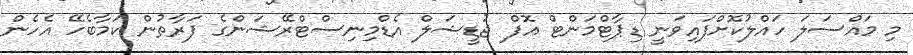
މި މައްސަލަ ހައްލުކޮށްފައިވަނީ ޑިޕާޓްމަންޓް އޮފް ޖުޑީޝަލް އެޑްމިނިސްޓްރޭޝަންގެ ފަރާތުން ކަމާބެހޭ އެހެން